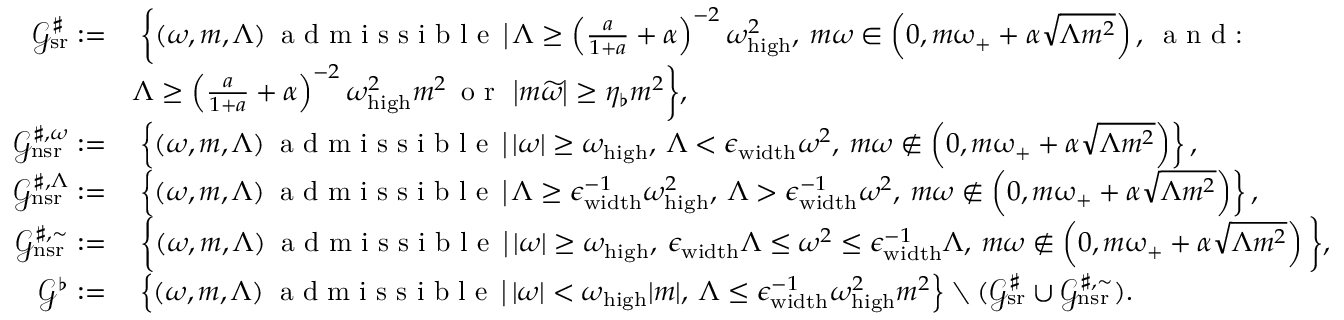
\begin{array} { r l } { \mathcal { G } _ { \mathrm { s r } } ^ { \sharp } : = } & { \: \bigg \{ ( \omega , m , \Lambda ) \: \textnormal { a d m i s s i b l e } \, \big | \, \Lambda \geq \left( \frac { a } { 1 + a } + \alpha \right) ^ { - 2 } \omega _ { \mathrm { h i g h } } ^ { 2 } , \: m \omega \in \left( 0 , m \upomega _ { + } + \alpha \sqrt { \Lambda m ^ { 2 } } \right) , \: \textnormal { a n d : } } \\ & { \Lambda \geq \left( \frac { a } { 1 + a } + \alpha \right) ^ { - 2 } \omega _ { \mathrm { h i g h } } ^ { 2 } m ^ { 2 } \, \textnormal { o r } \, \left| m \widetilde { \omega } \right| \geq \eta _ { \flat } m ^ { 2 } \bigg \} , } \\ { \mathcal { G } _ { \mathrm { n s r } } ^ { \sharp , \omega } : = } & { \: \left\{ ( \omega , m , \Lambda ) \: \textnormal { a d m i s s i b l e } \, \big | \, | \omega | \geq \omega _ { \mathrm { h i g h } } , \: \Lambda < \epsilon _ { \mathrm { w i d t h } } \omega ^ { 2 } , \: m \omega \notin \left( 0 , m \upomega _ { + } + \alpha \sqrt { \Lambda m ^ { 2 } } \right) \right\} , } \\ { \mathcal { G } _ { \mathrm { n s r } } ^ { \sharp , \Lambda } : = } & { \: \left\{ ( \omega , m , \Lambda ) \: \textnormal { a d m i s s i b l e } \, \big | \, \Lambda \geq \epsilon _ { \mathrm { w i d t h } } ^ { - 1 } \omega _ { \mathrm { h i g h } } ^ { 2 } , \: \Lambda > \epsilon _ { \mathrm { w i d t h } } ^ { - 1 } \omega ^ { 2 } , \: m \omega \notin \left( 0 , m \upomega _ { + } + \alpha \sqrt { \Lambda m ^ { 2 } } \right) \right\} , } \\ { \mathcal { G } _ { \mathrm { n s r } } ^ { \sharp , \sim } : = } & { \: \bigg \{ ( \omega , m , \Lambda ) \: \textnormal { a d m i s s i b l e } \, \big | \, | \omega | \geq \omega _ { \mathrm { h i g h } } , \: \epsilon _ { \mathrm { w i d t h } } \Lambda \leq \omega ^ { 2 } \leq \epsilon _ { \mathrm { w i d t h } } ^ { - 1 } \Lambda , \: m \omega \notin \left( 0 , m \upomega _ { + } + \alpha \sqrt { \Lambda m ^ { 2 } } \right) \bigg \} , } \\ { \mathcal { G } ^ { \flat } : = } & { \: \left\{ ( \omega , m , \Lambda ) \: \textnormal { a d m i s s i b l e } \, \big | \, | \omega | < \omega _ { \mathrm { h i g h } } | m | , \: \Lambda \leq \epsilon _ { \mathrm { w i d t h } } ^ { - 1 } \omega _ { \mathrm { h i g h } } ^ { 2 } m ^ { 2 } \right\} \setminus ( \mathcal { G } _ { \mathrm { s r } } ^ { \sharp } \cup \mathcal { G } _ { \mathrm { n s r } } ^ { \sharp , \sim } ) . } \end{array}